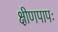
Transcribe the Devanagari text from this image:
क्षीणपापः